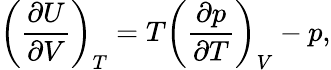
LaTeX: \left({\frac{\partial U}{\partial V}}\right)_{T}=T\left({\frac{\partial p}{\partial T}}\right)_{V}-p,